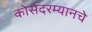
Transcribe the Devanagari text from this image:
कोर्सदरम्यानचे